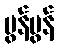
မွန်မွန်